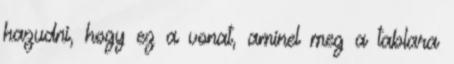
hazudni, hogy ez a vonat, aminel meg a tablara